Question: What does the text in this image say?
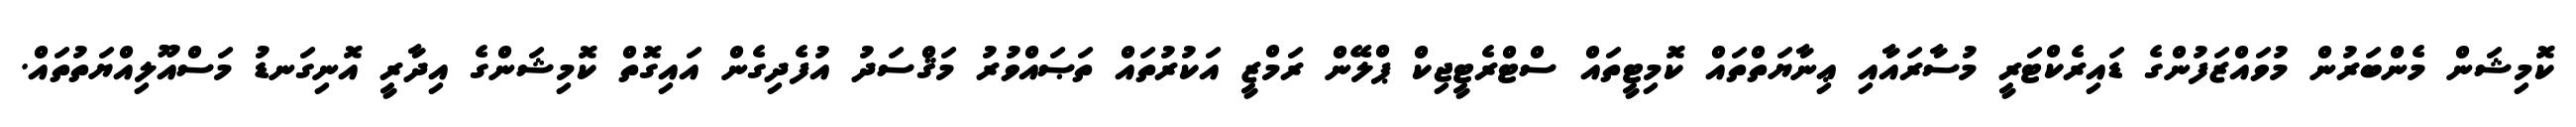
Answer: ކޮމިޝަން މެންބަރުން މުވައްޒަފުންގެ ޑައިރެކްޓަރީ މުސާރައާއި ޢިނާޔަތްތައް ކޮމިޓީތައް ސްޓްރެޓީޖިކް ޕްލޭން ރަމްޒީ އަކުރުތައް ތަޞައްވުރު މަޤްސަދު އުފެދިގެން އައިގޮތް ކޮމިޝަންގެ އިދާރީ އޮނިގަނޑު މަސްއޫލިއްޔަތުތައް.